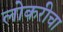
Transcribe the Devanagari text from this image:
लोकरीचा